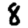
Digit: 8